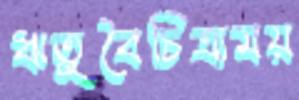
ঋতুবৈচিত্র্যময়